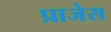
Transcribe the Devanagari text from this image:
प्राजेस